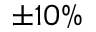
\pm 1 0 \%